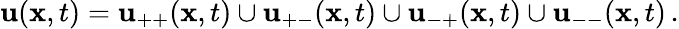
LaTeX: {\mathbf{u}}({\mathbf{x}},t)={\mathbf{u}}_{++}({\mathbf{x}},t)\cup{\mathbf{u}}_{+-}({\mathbf{x}},t)\cup{\mathbf{u}}_{-+}({\mathbf{x}},t)\cup{\mathbf{u}}_{--}({\mathbf{x}},t)\, .